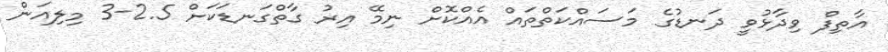
އާތިފް ވިދާޅުވީ ދަނޑުގެ މަސައްކަތްތައް އެއްކޮށް ނިމޭ އިރު ގާތްގަނޑަކަށް 2.5-3 މިލިއަން